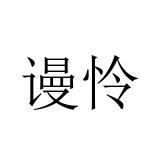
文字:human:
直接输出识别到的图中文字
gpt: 谩怜